Report on the working of the mental hospitals for Indians in Bihar and Orissa - 1925-1929
Year: 1925
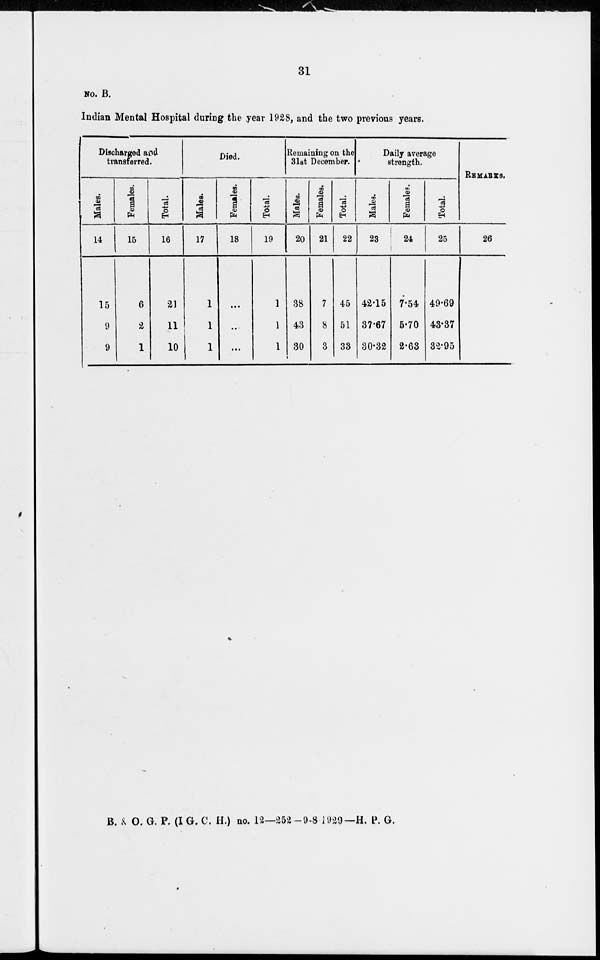
31
No. B.
Indian Mental Hospital during the year 1928, and the two previous years.
Discharged and
transferred.
Males.
14
15
9
9
Females.
15
6
2
1
Total.
16
21
11
10
Died.
Males.
17
1
1
1
Females.
18
...
...
...
Total.
19
1
1
1
Remaining on the
31st December.
Males.
20
38
43
30
Females.
21
7
8
3
Total.
22
45
51
33
Daily average
strength.
Males.
23
42.15
37.67
30.32
Females.
24
7.54
5.70
2.63
Total.
25
49.69
43.37
32.95
REMARKS.
26
B. A. O. G. P. (I G. C. H.) no. 12—252—9-8 1929—H. P. G.